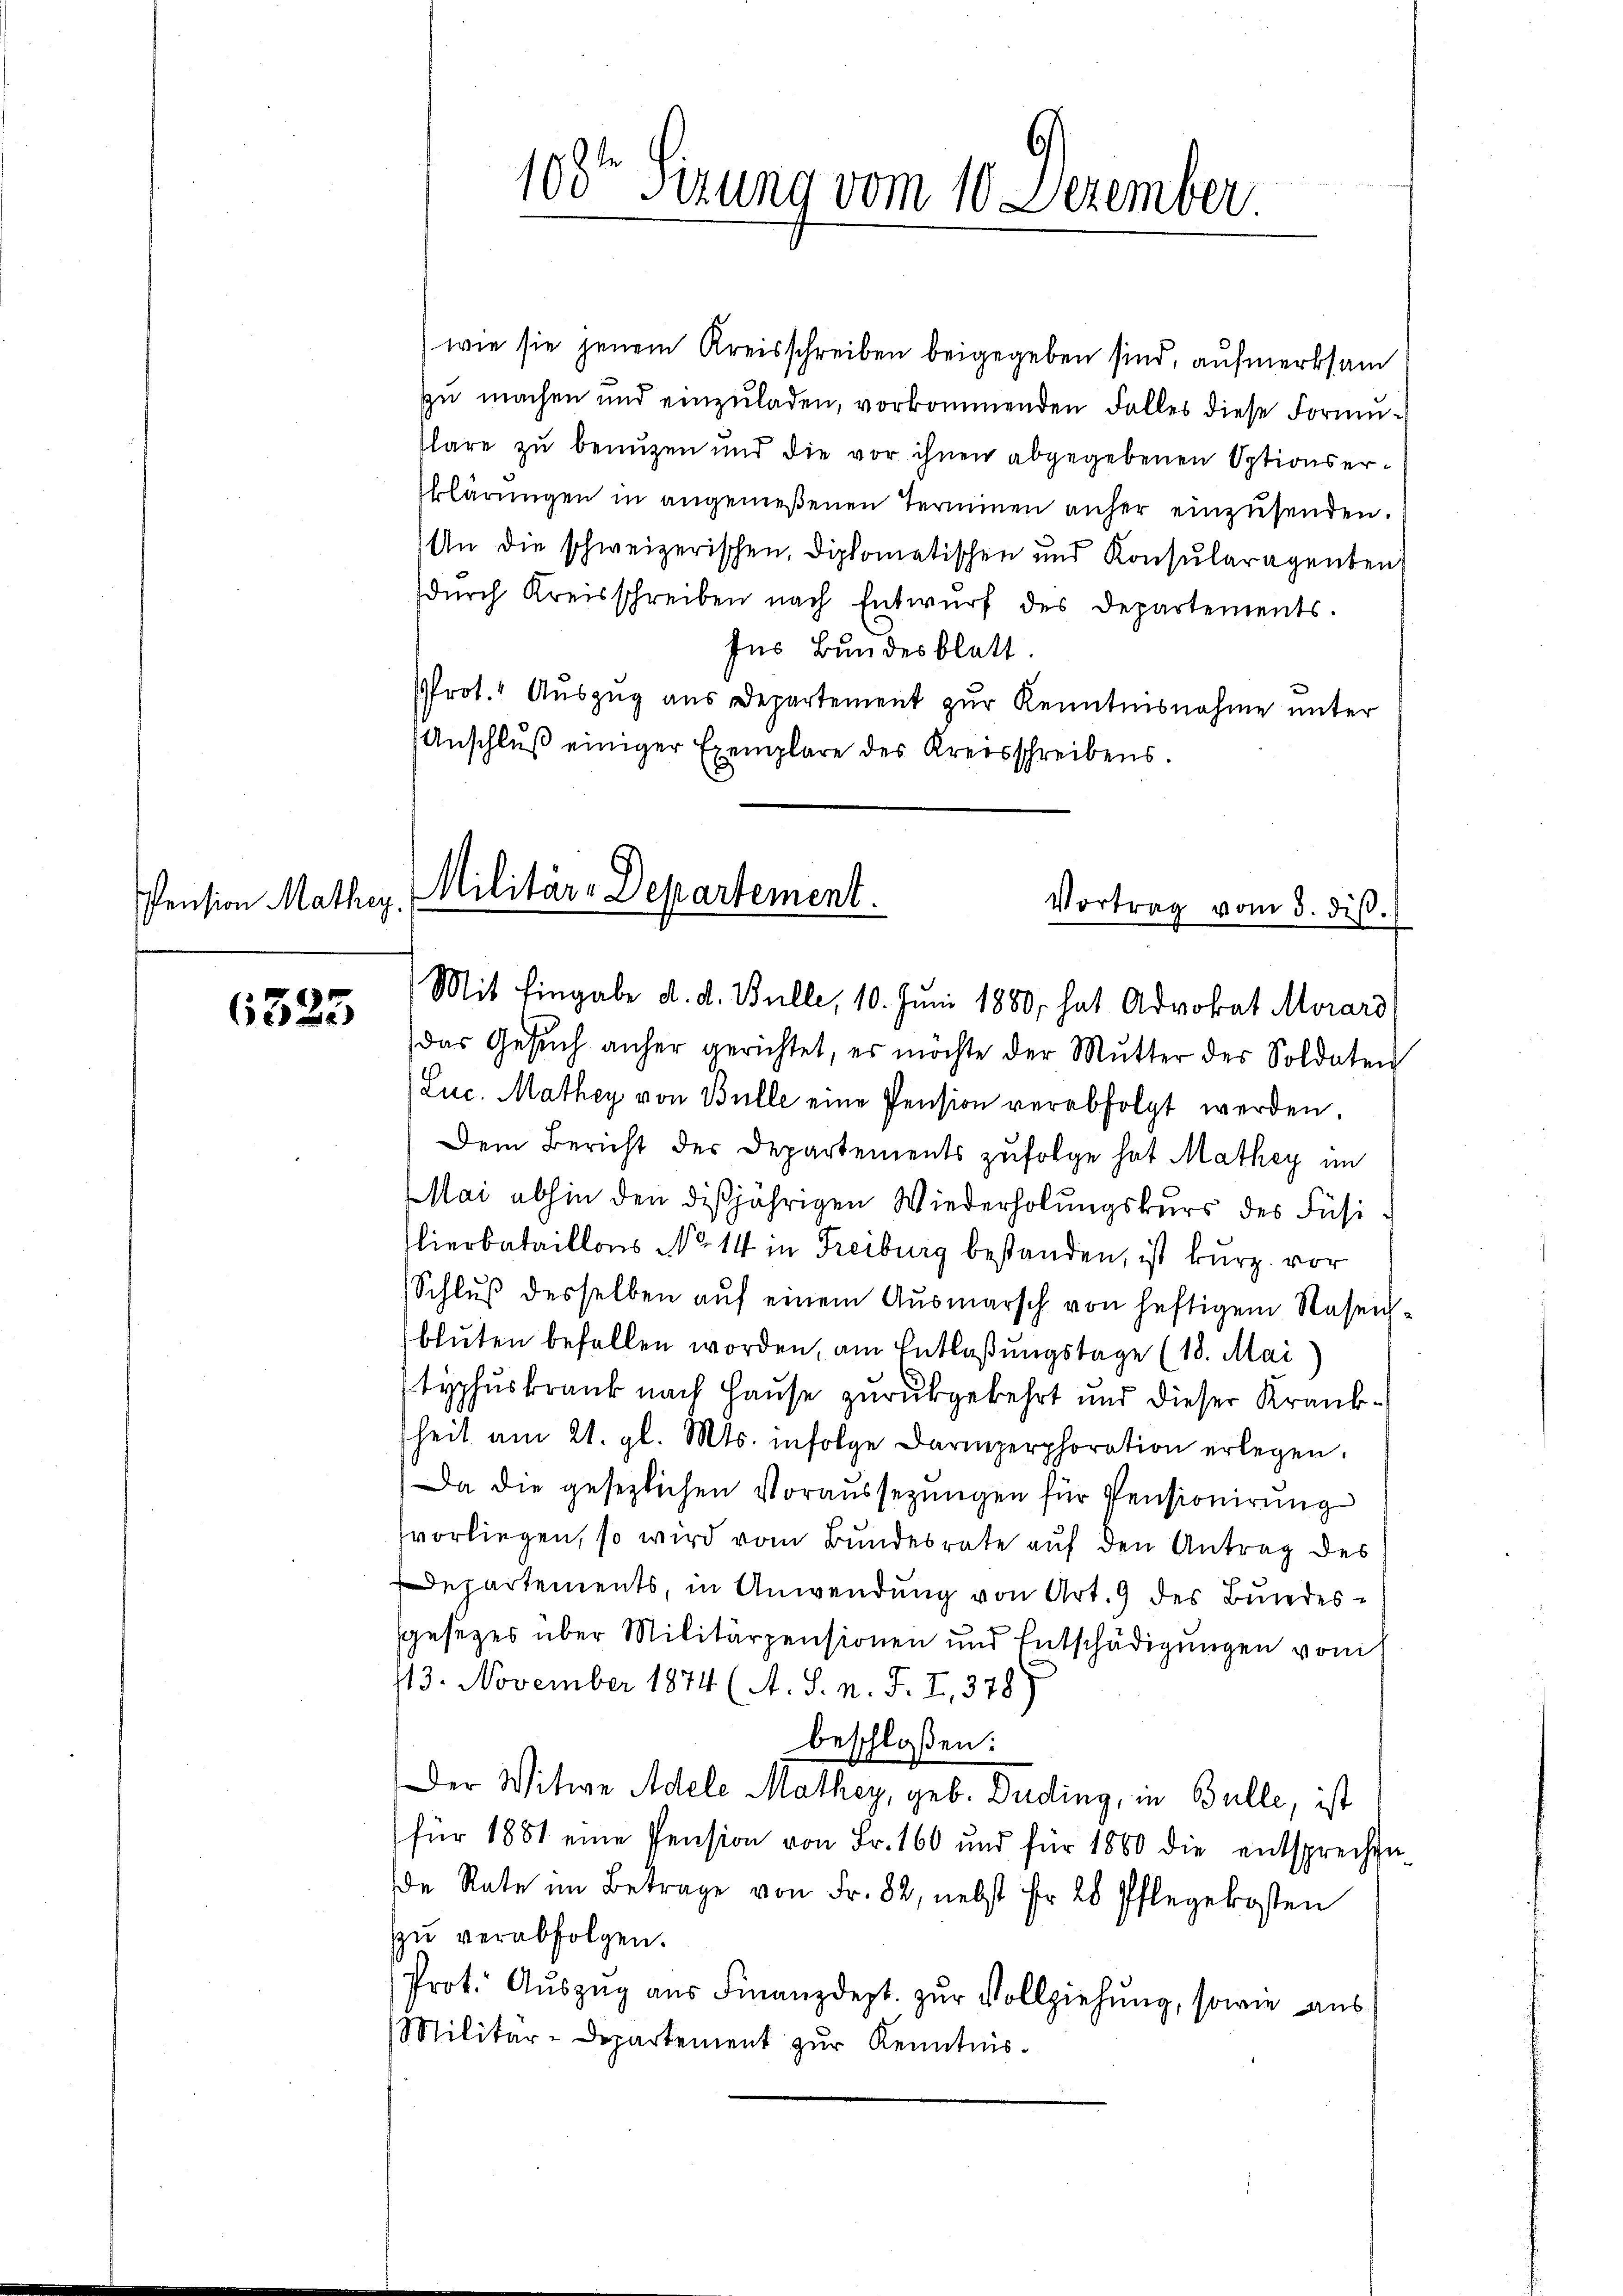
Pension Mathey

6325

100te Sitzung vom 10 Dezember

wie sie jenem Kreisschreiben beigegeben sind, aufmerksam
zu machen und einzuladen, vorkommenden Falles diese Formuklare zu benuzen und die vor ihnen abgegebenen Optionserblärŭngen in angemeßenen Terminen anher einzŭsenden.
An die schweizerischen, Diplomatischen und Konsularagenten
dŭrch Kreisschreiben nach Entwŭrf des Departements.
Ins Bundesblatt.
Prot. Auszug aus Departement zur Kenntnisnahme unter
Anschluß einiger Exemplare des Kreisschreibens.
Militär-Departement.
Vortrag vom 3. diβ.

Mit Eingabe d. d. Bulle, 10. Juni 1880, hat Advokat Morard
das Gesŭch anher gerichtet, es möchte der Mŭtter der Soldaten
Luc. Mathey von Bulle eine Pension verabfolgt werden.
Dem Bericht der Departements zufolge hat Mathey im
Mai abhin den dißjährigen Wiederholungskurs des Füsi
lierbataillons No 14 in Freiburg bestanden, ist kurz vor
Schlŭβ desselben aŭf einem Aŭsmarsch von heftigem Rasen-
bluten befallen worden, am Entlaßungstage (18. Mai
typhuskrank nach Hause zurückgekehrt und dieser Krankheit am 21. gl. Mts. infolge Darmperphoration erlegen.
Da die gesezlichen Voraussezungen für Pensionirung
vorliegen, so wird vom Bundesrate auf den Antrag des
Departements, in Anwendung von Art. 9 des Bundessgesezes über Militärpensionen und Entschädigungen vom
43. November 1874 (A. S. n. F. I, 378)
beschloßen:
Der Witwe Adele Mathey, geb. Duding, in Bulle, ist
für 1881 eine Pension von Fr. 160 und für 1860 die entsprechen-
de Rate im Betrage von Fr. 32, nebst fr. 28 Pflegekosten
zu verabfolgen.
Prot. Auszug aus Finanzdept. zur Vollziehung, sowie aus
Militär-Departement zur Kenntnis.